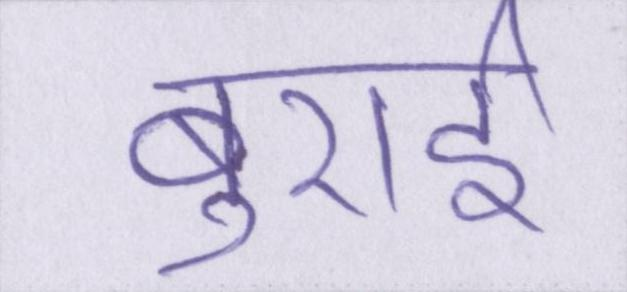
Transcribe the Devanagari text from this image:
बुराई